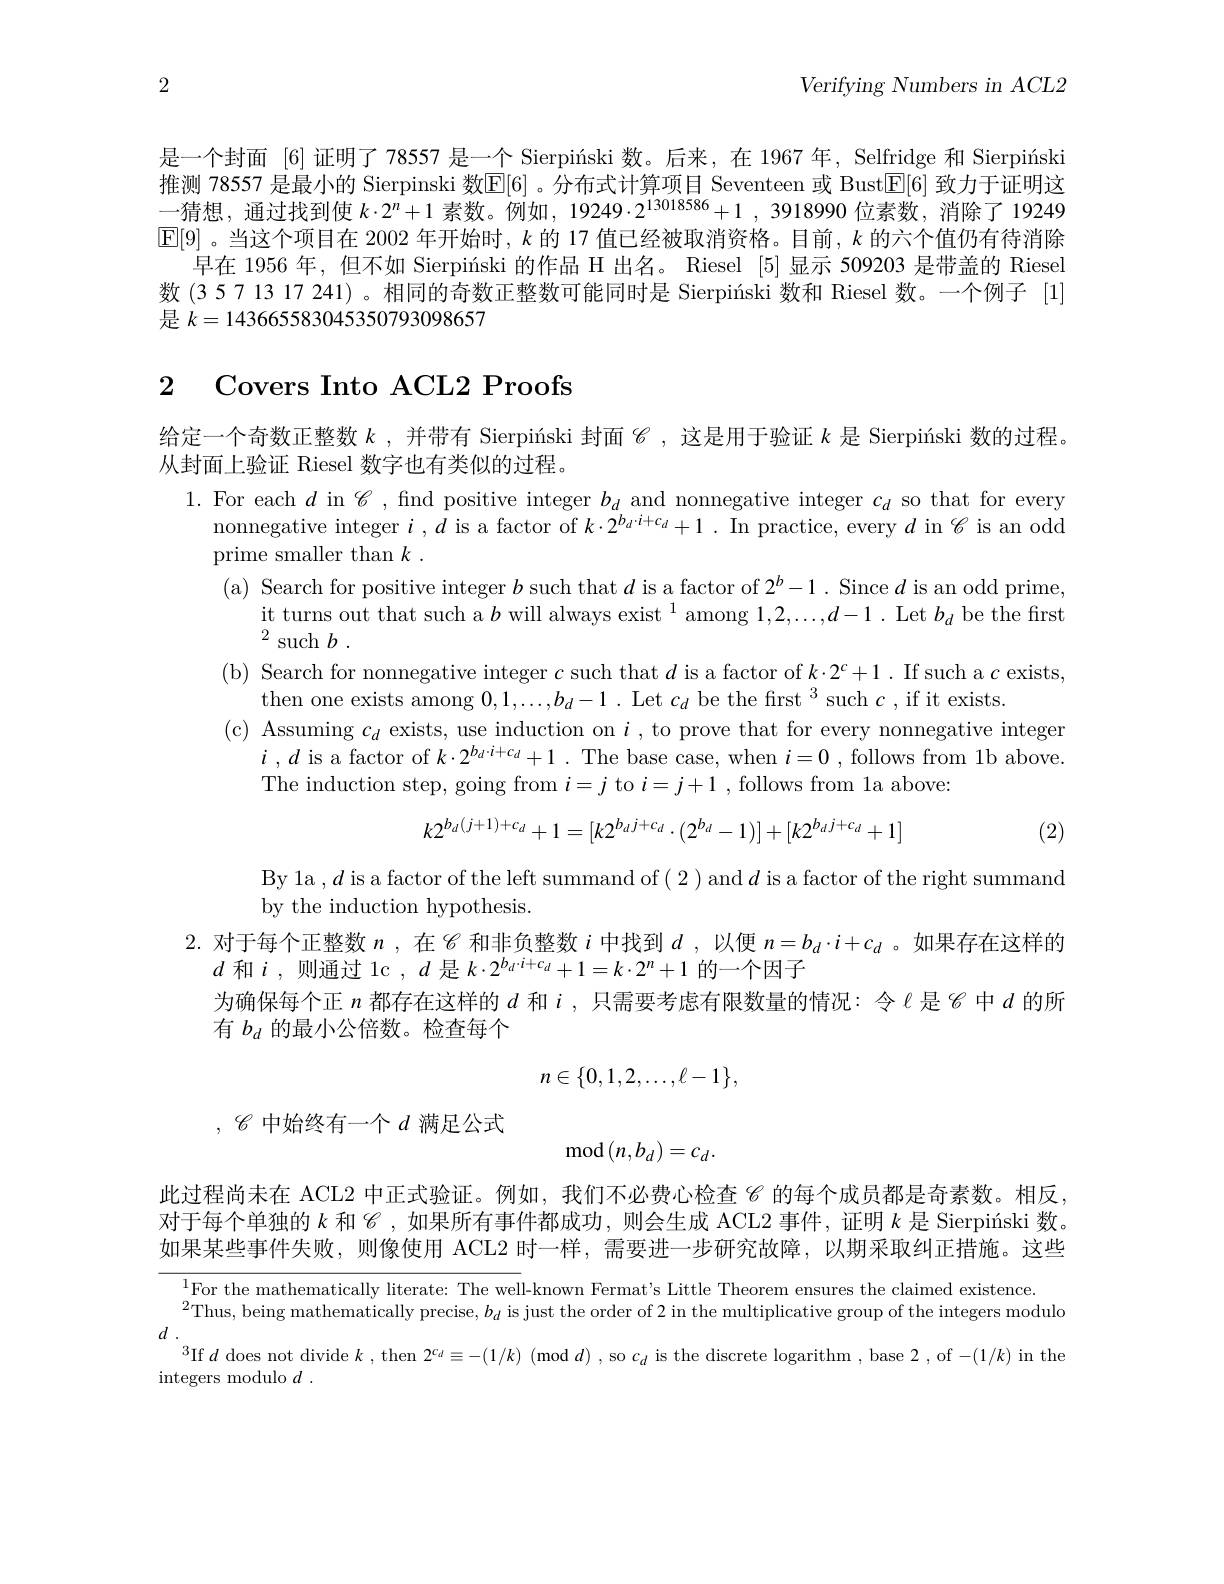
2

Verifying Numbers in ACL2

是一个封面 [6] 证明了 78557 是一个 Sierpiński 数。后来，在 1967 年，Selfridge 和 Sierpiński 推测 78557 是最小的 Sierpinski 数[E[6] 。分布式计算项目 Seventeen 或 Bust[E[6] 致力于证明这一猜想，通过找到使$k\cdot2^n+1$素数。例如，19249$\cdot2^13018586+1,3918990$位素数，消除了19249 $\mathbb{E}[9]$ 。当这个项目在 2002 年开始时，$k$的 17 值已经被取消资格。目前，$k$的六个值仍有待消除
早在 1956 年，但不如 Sierpiníski 的作品 H 出名。Riesel [5]显示 509203 是带盖的 Riesel 数 (3 5 7 13 17 241) 。相同的奇数正整数可能同时是 Sierpiíski 数和 Riesel 数。一个例子 [1] 是$k=143665583045350793098657$

# 2 Covers Into ACL2 Proofs

给定一个奇数正整数$k$ ,并带有 Sierpiński 封面$\mathscr{C}$,这是用于验证$k$是 Sierpiíski 数的过程。
从封面上验证 Riesel 数字也有类似的过程。
1. For each $d$ in $\mathscr{C}$, find positive integer $b_d$ and nonnegative integer $c_d$ so that for every
nonnegative integer $i,d$ is a factor of $k\cdot2^{b_{d}\cdot i+c_{d}}+1.$ In practice, every $d$ in $\mathscr{C}$ is an odd
prime smaller than $k.$
( a) Search for positive integer $b$ such that $d$ is a factor of $2^b-1.$ Since $d$ is an odd prime,
it turns out that such a $b\text{ will always exist }^1$ among $1,2,\ldots,d-1.$ Let $b_d$ be the first
$^{2}$such$b.$
(b) Search for nonnegative integer $c$ such that $d$ is a factor of $k\cdot2^c+1.$ If such a $c$ exists,
then one exists among $0,1,\ldots,b_d-1.$ Let $c_d$ be the first $^3$such $c$,if it exists.
( c) Assuming $c_{d}$ exists, use induction on $i$, to prove that for every nonnegative integer
$i$ $, d$ is a factor of $k\cdot 2^{b_{d}\cdot i+ c_{d}}+ 1$ . The base case, when $i= 0$ , follows from 1b above.
The induction step, going from $i=j$ to $i=j+1$ , follows from la above:
$$k2^{b_d(j+1)+c_d}+1=[k2^{b_dj+c_d}\cdot(2^{b_d}-1)]+[k2^{b_dj+c_d}+1]$$
(2)

By 1a $,d$ is a factor of the left summand of (2 ) and $d$ is a factor of the right summand
by the induction hypothesis.
2.对于每个正整数$n$,在$\mathscr{C}$和非负整数$i$中找到$d$,以便$n=b_d\cdot i+c_d$ 。如果存在这样的
$d$和$i$,则通过 1c $,d$是$k\cdot2^b_d\cdot i+c_d+1=k\cdot2^n+1$的一个因子
为确保每个正$n$都存在这样的$d$和$i$,只需要考虑有限数量的情况：令$\ell$是$\mathscr{C}$中$d$的所
有$b_d$的最小公倍数。检查每个
$$n\in\{0,1,2,\ldots,\ell-1\},$$
$$\mathrm{mod}\left(n,b_d\right)=c_d.$$
$,\mathscr{C}$ 中始终有一个$d$ 满足公式

此过程尚未在 ACL2 中正式验证。例如，我们不必费心检查$\mathscr{C}$的每个成员都是奇素数。相反对于每个单独的$k$ 和$\mathscr{C}$,如果所有事件都成功，则会生成 ACL2 事件，证明$k$ 是 Sierpiński 数。如果某些事件失败，则像使用 ACL2 时一样，需要进一步研究故障，以期采取纠正措施。这些

${}_{\mathrm{P}}^{1}$For the mathematically literate: The well-known Fermat's Little Theorem ensures the claimed existence
$^{2}$Thus, being mathematically precise, $b_d$ is just the order of 2 in the multiplicative group of the integers modulo
$d$ .
$^{3}$If $d$ does not divide $k$, then $2^{c_d}\equiv-(1/k)$ (mod$d)$ , so $c_d$ is the discrete logarithm , base 2,of$-(1/k)$ in the
integers modulo $d$